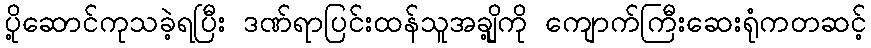
ပို့ဆောင်ကုသခဲ့ရပြီး ဒဏ်ရာပြင်းထန်သူအချို့ကို ကျောက်ကြီးဆေးရုံကတဆင့်